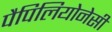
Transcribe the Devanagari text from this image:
पैपिलियोनेसी